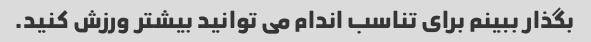
بگذار ببینم برای تناسب اندام می توانید بیشتر ورزش کنید.